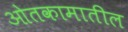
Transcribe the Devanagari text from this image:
ओतकामातील